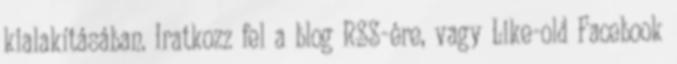
kialakításában. Iratkozz fel a blog RSS-ére, vagy Like-old Facebook